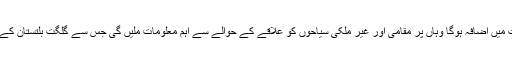
اس اقدام سے شہر گلگت کی خوبصورت میں اضافہ ہوگا وہاں پر مقامی اور غیر ملکی سیاحوں کو علاقے کے حوالے سے اہم معلومات ملیں گی جس سے گلگت بلتستان کے سیاحت پر مثبت اثرات مرتب ہونگے ۔